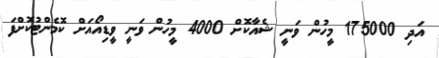
އަދި 175000 މީހުން ވަނީ ޝެއާކޮށް 4000 މީހުން ވަނީ ވީޑިއޯއަށް ކޮމެންޓުކޮށްފަ